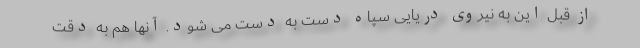
از قبل این به نیروی دریایی سپاه دست به دست می شود. آنها هم به دقت